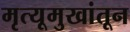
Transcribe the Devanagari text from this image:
मृत्यूमुखांतून